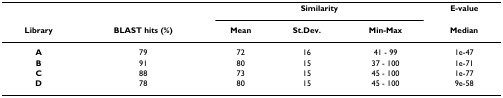
<table><thead><tr><td></td><td></td><td colspan="3"><b>Similarity</b></td><td><b>E-value</b></td></tr><tr><td><b>Library</b></td><td><b>BLAST hits (%)</b></td><td><b>Mean</b></td><td><b>St.Dev.</b></td><td><b>Min-Max</b></td><td><b>Median</b></td></tr></thead><tbody><tr><td><b>A</b></td><td>79</td><td>72</td><td>16</td><td>41 - 99</td><td>1e-47</td></tr><tr><td><b>B</b></td><td>91</td><td>80</td><td>15</td><td>37 - 100</td><td>1e-71</td></tr><tr><td><b>C</b></td><td>88</td><td>73</td><td>15</td><td>45 - 100</td><td>1e-77</td></tr><tr><td><b>D</b></td><td>78</td><td>80</td><td>15</td><td>45 - 100</td><td>9e-58</td></tr></tbody></table>